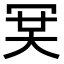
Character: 𠖉